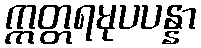
ဣတ္တရမုပပန္နာ